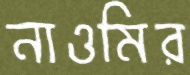
নাওমির